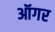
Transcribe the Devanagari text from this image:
ऑगर